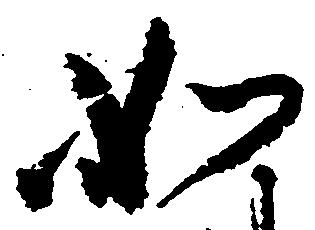
如